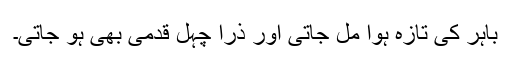
باہر کی تازہ ہوا مل جاتی اور ذرا چہل قدمی بھی ہو جاتی۔